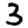
Digit: 3